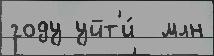
году уйт'и́  млн